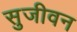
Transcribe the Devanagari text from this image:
सुजीवन